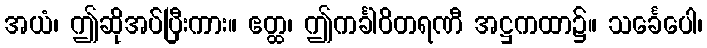
အယံ၊ ဤဆိုအပ်ပြီးကား။ ဧတ္ထ၊ ဤကင်္ခါဝိတရဏီ အဋ္ဌကထာ၌။ သင်္ခေပေါ၊